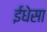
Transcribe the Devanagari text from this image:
ईधेसा